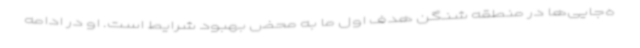
ه‌جایی‌ها در منطقه شنگن هدف اول ما به محض بهبود شرایط است. او در ادامه